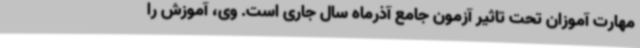
مهارت آموزان تحت تاثیر آزمون جامع آذرماه سال جاری است. وی، آموزش را